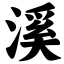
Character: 溪